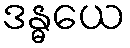
ဒန္ဓယေ